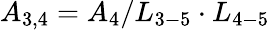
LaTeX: {A_{3,4}}={A_{4}}/{L_{3-5}}\cdot{L_{4-5}}